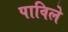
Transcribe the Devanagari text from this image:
पाविले